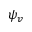
\psi _ { v }